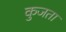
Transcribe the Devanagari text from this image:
कुजता